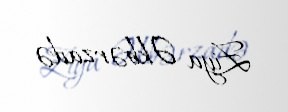
Ziya Əkbərzadə